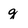
Character: g